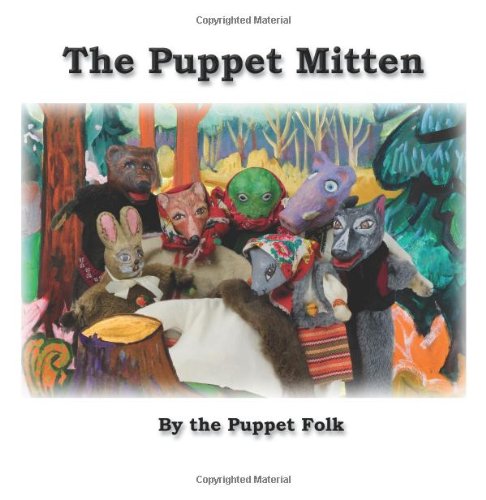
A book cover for The Puppet Mitten; Puppet Folk; Arts & Photography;